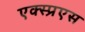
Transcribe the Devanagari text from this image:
एक्स्प्रएस